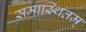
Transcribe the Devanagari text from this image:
समास्थितम्